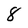
Character: 8